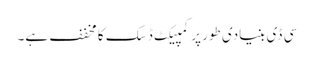
سی ڈی بنیادی طور پر کمپیکٹ ڈسک کا مخفف ہے۔